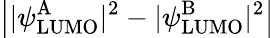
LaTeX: \left||\psi_{\mathrm{LUMO}}^{\mathrm{A}}|^{2}-|\psi_{\mathrm{LUMO}}^{\mathrm{B}}|^{2}\right|